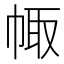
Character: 𢃣